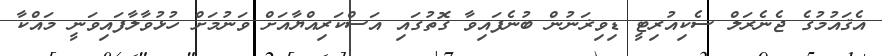
އެޤައުމުގެ ޖެނެރަލް ސެކިއުރިޓީ ޑިވިޜަނުން ބުނެފައިވާ ގޮތުގައި އަސްކަރިއްޔާއަށް ވަނުމަށް ހުޅުވާލާފައިވަނީ މައްކާ